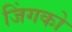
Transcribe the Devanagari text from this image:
जिंगको